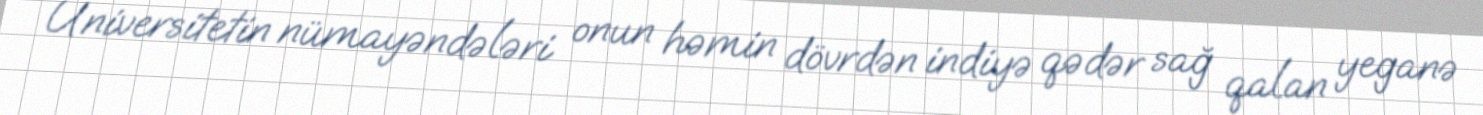
Universitetin nümayəndələri onun həmin dövrdən indiyə qədər sağ qalan yeganə